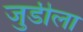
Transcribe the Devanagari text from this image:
जुडीला